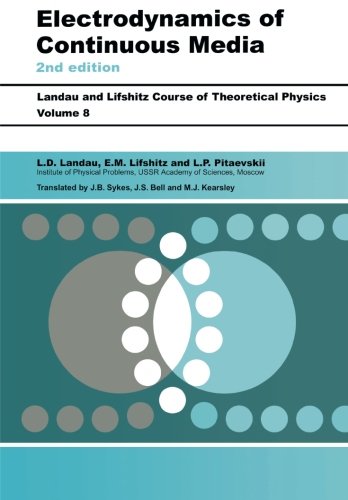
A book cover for Electrodynamics of Continuous Media, Second Edition: Volume 8 (Course of Theoretical Physics S); L D Landau; Science & Math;